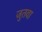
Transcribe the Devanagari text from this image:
जुतवा